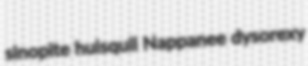
sinopite huisquil Nappanee dysorexy